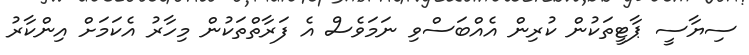
ސިޔާސީ ޕާޓީތަކުން ކުރިން އެއްބަސްވި ނަމަވެސް އެ ފަރާތްތަކުން މިހާރު އެކަމަށް އިންކާރު